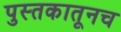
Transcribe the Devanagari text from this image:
पुस्तकातूनच